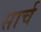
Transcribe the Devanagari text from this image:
सार्च